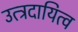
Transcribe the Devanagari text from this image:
उत्त्रदायित्व